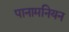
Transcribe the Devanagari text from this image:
पानामनियन